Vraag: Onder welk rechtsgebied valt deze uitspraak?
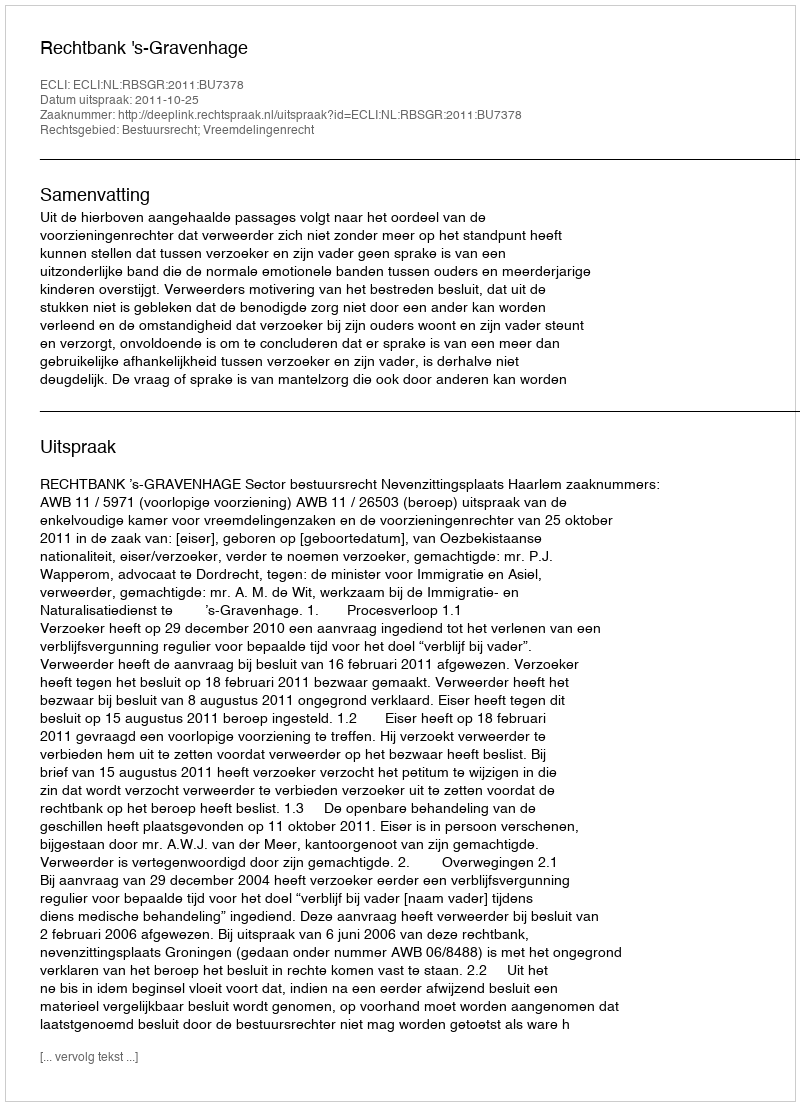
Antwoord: Bestuursrecht; Vreemdelingenrecht